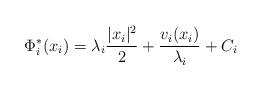
LaTeX: \begin{align*}\Phi^*_i(x_i) = \lambda_i \frac{|x_i|^2}{2} + \frac{v_i(x_i)}{\lambda_i} + C_i\end{align*}